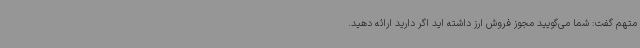
متهم گفت: شما می‌گویید مجوز فروش ارز داشته اید اگر دارید ارائه دهید.